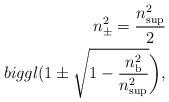
LaTeX: \begin{align*}n_{\pm }^2=\frac{n_{\rm sup}^2}{2}\\biggl(1\pm \sqrt{1-\frac{n_{\rm b}^2}{n_{\rm sup}^2}}\biggr),\end{align*}